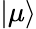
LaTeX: \left|\mu\right>